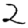
Digit: 2